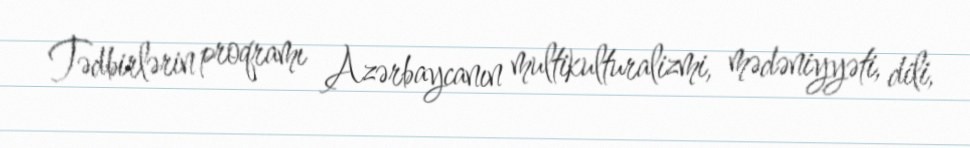
Tədbirlərin proqramı Azərbaycanın multikulturalizmi, mədəniyyəti, dili,